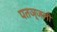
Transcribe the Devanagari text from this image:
पतञ्जली